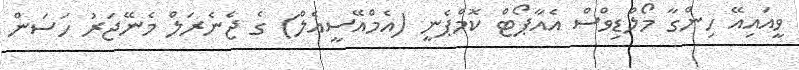
ވީއައިއޭ ހިންގާ މޯލްޑިވްސް އެއާޕޯޓް ކޮމްޕެނީ (އެމްއޭސީއެލް) ގެ ޖެނެރަލް މެނޭޖަރު ހަސަން